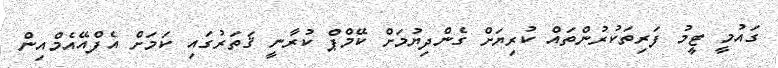
ގައުމީ ޓީމު ފަރިތަކުރުންތައް ކުރިޔަށް ގެންދިޔުމަށް ކޭމްޕް ކުރާނީ ޤަތަރުގައި ކަމަށް އެފްއޭއެމްއިން